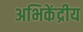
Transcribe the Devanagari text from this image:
अभिकेंद्रीय